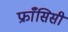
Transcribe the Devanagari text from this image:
फ्राँसिसी